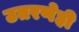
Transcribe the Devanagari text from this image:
उतरणेही